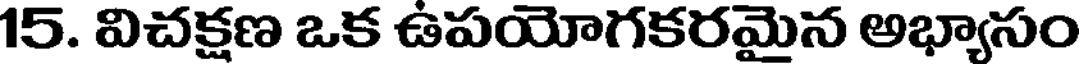
15. విచక్షణ ఒక ఉపయోగకరమైన అభ్యాసం